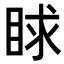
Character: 𥆿